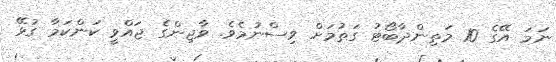
ނަމަ އޭގެ 10 މަތިންދާބޯޓު ގަތުމަށް ވިސްނުމެވެ. ވާޖިންގެ ޖައްވީ ކަންކަމާ ގުޅޭ